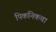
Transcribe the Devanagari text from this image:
पिकनिकचा